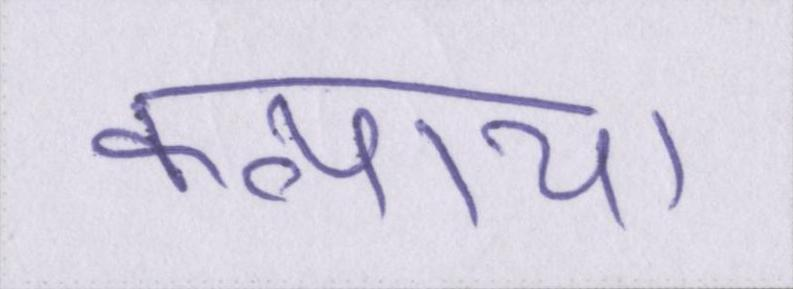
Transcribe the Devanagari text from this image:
कन्याय